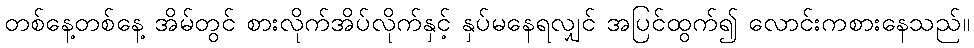
တစ်နေ့တစ်နေ့ အိမ်တွင် စားလိုက်အိပ်လိုက်နှင့် နှပ်မနေရလျှင် အပြင်ထွက်၍ လောင်းကစားနေသည်။